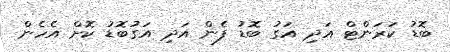
ބޮޑު ކަރަންޓް އަދި އަގު ބޮޑު ފެން އަދި އަގުބޮޑު ކޮށް އެެހެން